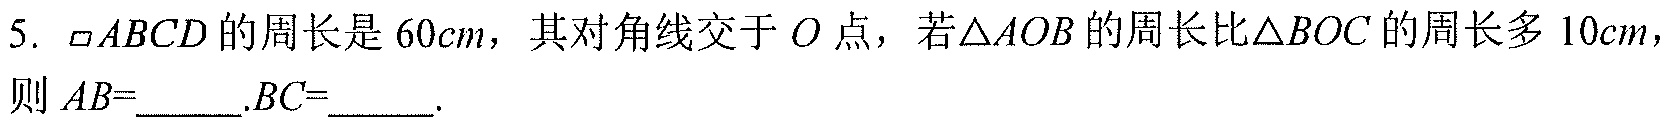
5. $\parallelogram ABCD$ 的周长是 \(60cm\)，其对角线交于 \(O\) 点，若\(\triangle AOB\) 的周长比\(\triangle BOC\) 的周长多 \(10cm\)，则 \(AB = \underline{\qquad}.BC=\underline{\qquad}\).